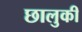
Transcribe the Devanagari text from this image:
छालुकी